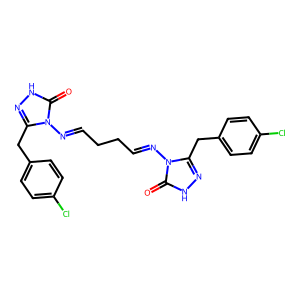
SMILES: O=c1[nH]nc(Cc2ccc(Cl)cc2)n1N=CCCC=Nn1c(Cc2ccc(Cl)cc2)n[nH]c1=O
Inhibits HIV replication: No